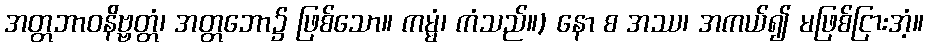
အတ္တဘာဝနိဗ္ဗတ္တံ၊ အတ္တဘော၌ ဖြစ်သော။ ကမ္မံ၊ ကံသည်။) နော စ အဿ၊ အကယ်၍ မဖြစ်ငြားအံ့။